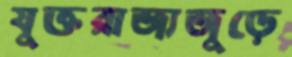
যুক্তরাজ্যজুড়ে